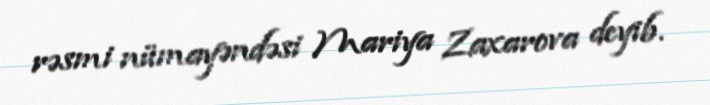
rəsmi nümayəndəsi Mariya Zaxarova deyib.